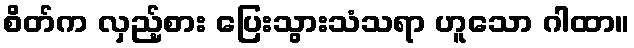
စိတ်က လှည့်စား ပြေးသွားသံသရာ ဟူသော ဂါထာ။